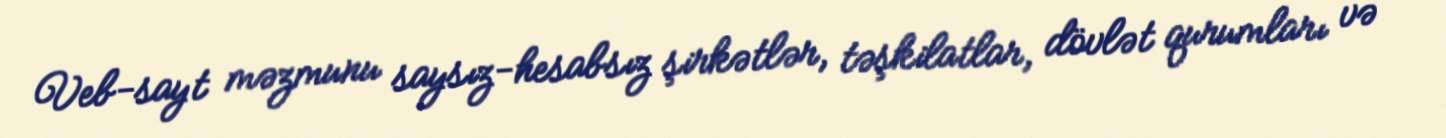
Veb-sayt məzmunu saysız-hesabsız şirkətlər, təşkilatlar, dövlət qurumları və